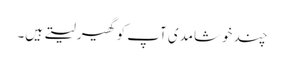
چند خوشامدی آپ کو گھیر لیتے ہیں۔